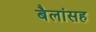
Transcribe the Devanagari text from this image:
बैलांसह